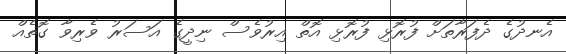
އެނދުގެ ދެފަރާތަށް ފުރޮޅި ފުރޮޅި އޮތް އިރުވެސް ނިދީގެ އަސަރު ވެރިވާ ގޮތެއް